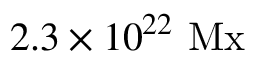
2 . 3 \times 1 0 ^ { 2 2 } \ \mathrm { M x }